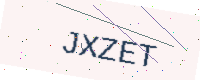
Text: JXZET